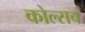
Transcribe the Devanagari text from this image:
कोल्सच